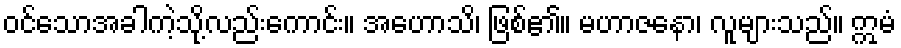
ဝင်သောအခါကဲ့သို့လည်းကောင်း။ အဟောသိ၊ ဖြစ်၏။ မဟာဇနော၊ လူများသည်။ ဣမံ